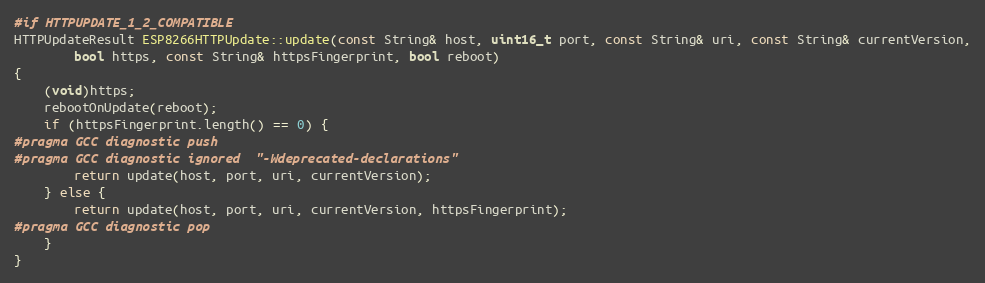
Language: C++
#if HTTPUPDATE_1_2_COMPATIBLE
HTTPUpdateResult ESP8266HTTPUpdate::update(const String& host, uint16_t port, const String& uri, const String& currentVersion,
        bool https, const String& httpsFingerprint, bool reboot)
{
    (void)https;
    rebootOnUpdate(reboot);
    if (httpsFingerprint.length() == 0) {
#pragma GCC diagnostic push
#pragma GCC diagnostic ignored  "-Wdeprecated-declarations"
        return update(host, port, uri, currentVersion);
    } else {
        return update(host, port, uri, currentVersion, httpsFingerprint);
#pragma GCC diagnostic pop
    }
}